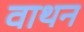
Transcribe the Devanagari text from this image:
वाथन